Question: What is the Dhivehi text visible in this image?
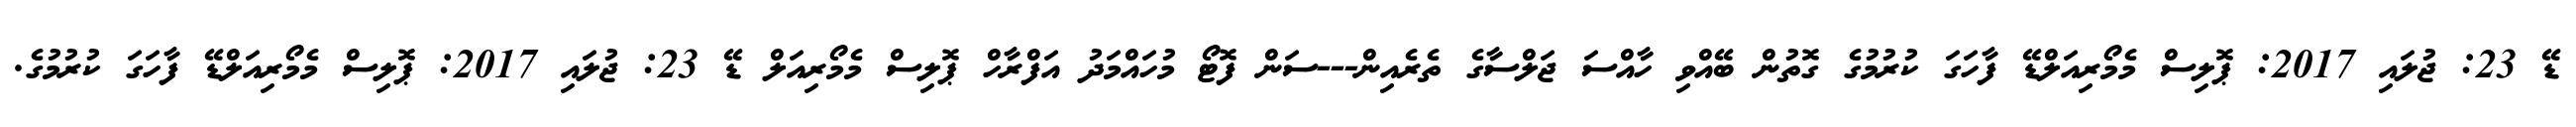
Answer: ޑޭ 23: ޖުލައި 2017: ޕޮލިސް މެމޯރިއަލްޑޭ ފާހަގަ ކުރުމުގެ ގޮތުން ބޭއްވި ހާއްސަ ޖަލްސާގެ ތެރެއިން---ސަން ފޮޓޯ މުހައްމަދު އަފްރާހް ޕޮލިސް މެމޯރިއަލް ޑޭ 23: ޖުލައި 2017: ޕޮލިސް މެމޯރިއަލްޑޭ ފާހަގަ ކުރުމުގެ.